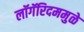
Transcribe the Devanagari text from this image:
लॉगॅरिदममुळे